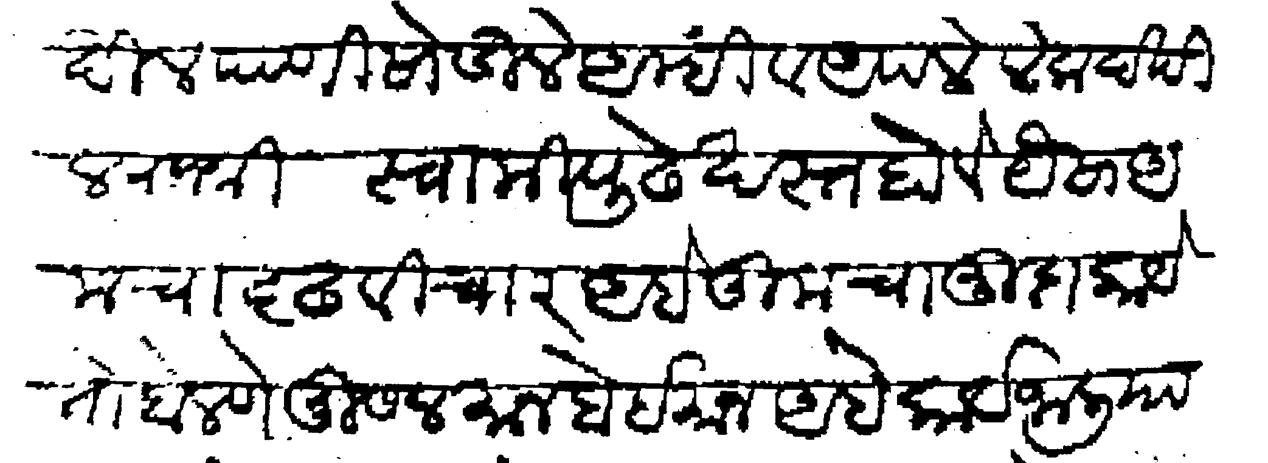
Transliteration (Devanagari): देखील पाणी सोडिले आम्ही व आपले लेक देखील राजश्री स्वामी पुढे खस्त होवे यैसा आमचा दृढ विचार आहे तुमचा मुदा काये तो बोलणे मुसलमान बेईमान आहे कार्य जालियावरी